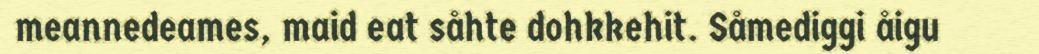
meannedeames, maid eat såhte dohkkehit. Såmediggi åigu